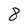
Character: 8